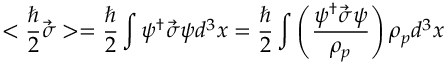
< \frac { \hbar } { 2 } \vec { \sigma } > = \frac { \hbar } { 2 } \int \psi ^ { \dagger } \vec { \sigma } \psi d ^ { 3 } x = \frac { \hbar } { 2 } \int \left( \frac { \psi ^ { \dagger } \vec { \sigma } \psi } { \rho _ { p } } \right) \rho _ { p } d ^ { 3 } x